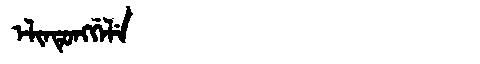
Manchu: ᡝᠯᡳᠨᡨᡠᠩᡤᡝᠯᡝ
Romanization: ELINTUNGGELE